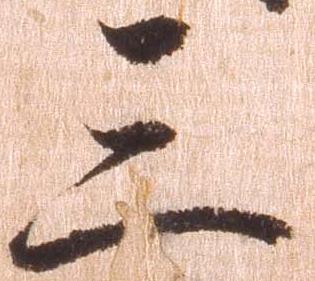
三